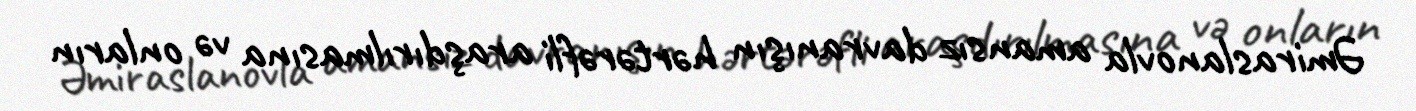
Əmiraslanovla amansız davranışın hərtərəfli araşdırılmasına və onların